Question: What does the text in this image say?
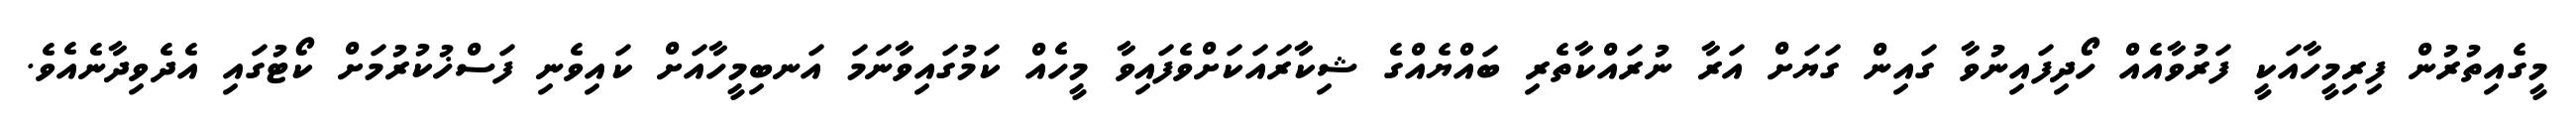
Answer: މީގެއިތުރުން ފިރިމީހާއަކީ ފަރުވާއެއް ހޯދިފައިނުވާ ގައިން ގަޔަށް އަރާ ނުރައްކާތެރި ބައްޔެއްގެ ޝިކާރައަކަށްވެފައިވާ މީހެއް ކަމުގައިވާނަމަ އަނބިމީހާއަށް ކައިވެނި ފަސްޚުކުރުމަށް ކޯޓުގައި އެދެވިދާނެއެވެ.